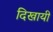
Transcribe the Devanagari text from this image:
दिखायीं